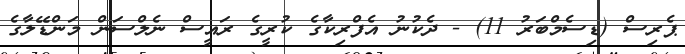
ޕެރިސް (ޑިސެމްބަރު 11) - ދެކުނު އެފްރިކާގެ ކުރީގެ ރައީސް ނެލްސަން މަންޑޭލާގެ